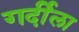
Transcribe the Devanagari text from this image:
गर्दीला